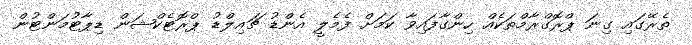
ތެރޭގައި ގިނަ ޕްރޮގްރާމްތަކެއް ހިންގާފައިވާ ކަމަށް ފެމެލީ އެންޑު ޗައިލްޑު ޕްރޮޓެކްޝަން ޑިޕާޓުމަންޓުން